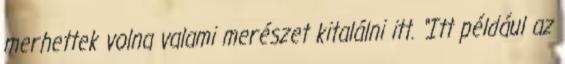
merhettek volna valami merészet kitalálni itt. “Itt például az